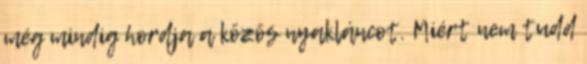
még mindig hordja a közös nyakláncot. Miért nem tudd